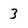
Character: 3